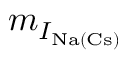
m _ { I _ { \mathrm { N a ( C s ) } } }